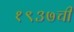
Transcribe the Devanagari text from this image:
१९३७ची